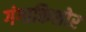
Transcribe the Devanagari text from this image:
गंगाकिशोर